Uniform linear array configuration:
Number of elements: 64
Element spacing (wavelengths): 0.25
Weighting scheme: kaiser
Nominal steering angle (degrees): -15
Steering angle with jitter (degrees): -14.568
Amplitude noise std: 0.05
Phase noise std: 0.05

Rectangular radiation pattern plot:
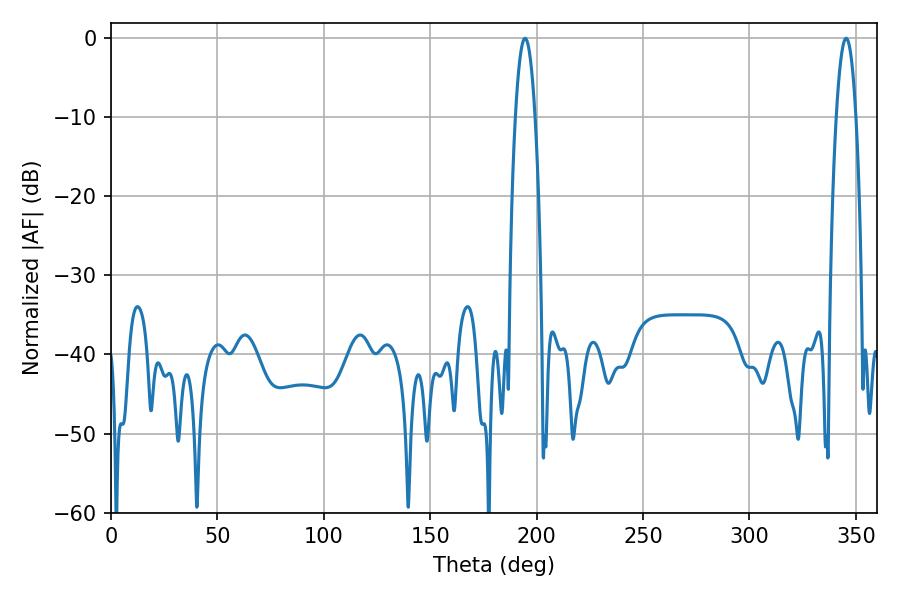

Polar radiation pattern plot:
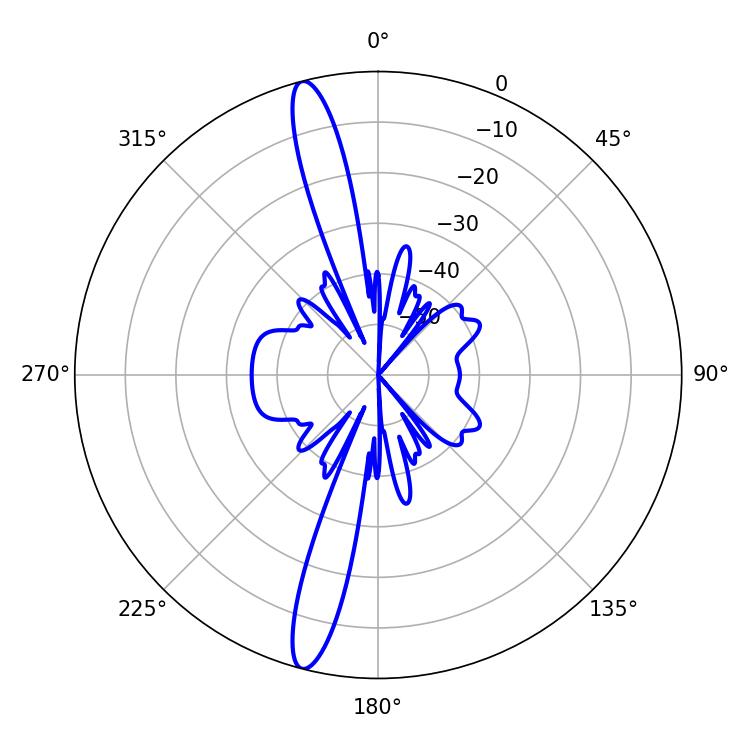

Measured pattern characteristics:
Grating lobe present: FALSE
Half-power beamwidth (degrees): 5.04
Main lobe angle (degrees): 345.42